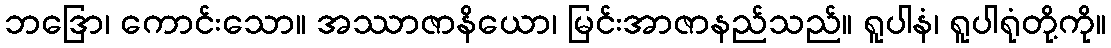
ဘဒြော၊ ကောင်းသော။ အဿာဇာနိယော၊ မြင်းအာဇာနည်သည်။ ရူပါနံ၊ ရူပါရုံတို့ကို။